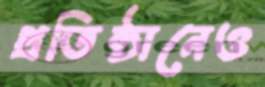
প্রতিষ্ঠানেও